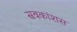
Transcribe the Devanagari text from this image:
सबकांशस